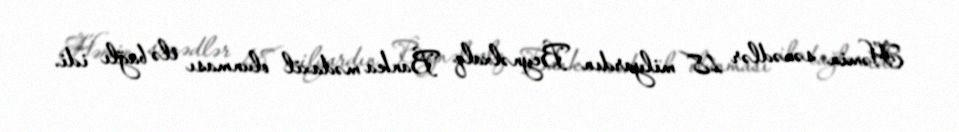
Həmin sənədlər 18 milyardın Beynəlxalq Banka mədaxil olunması ilə bağlı idi.